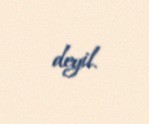
deyil.